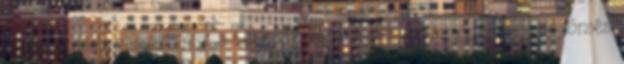
egyre többen vannak, akik a betegségmegelőzés és az egészségmegőrzés